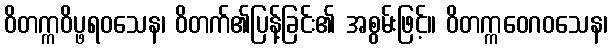
ဝိတက္ကဝိပ္ဖရဝသေန၊ ဝိတက်၏ပြန့်ခြင်း၏ အစွမ်းဖြင့်။ ဝိတက္ကဝေဂဝသေန၊